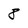
Character: 8